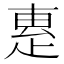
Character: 𤴛